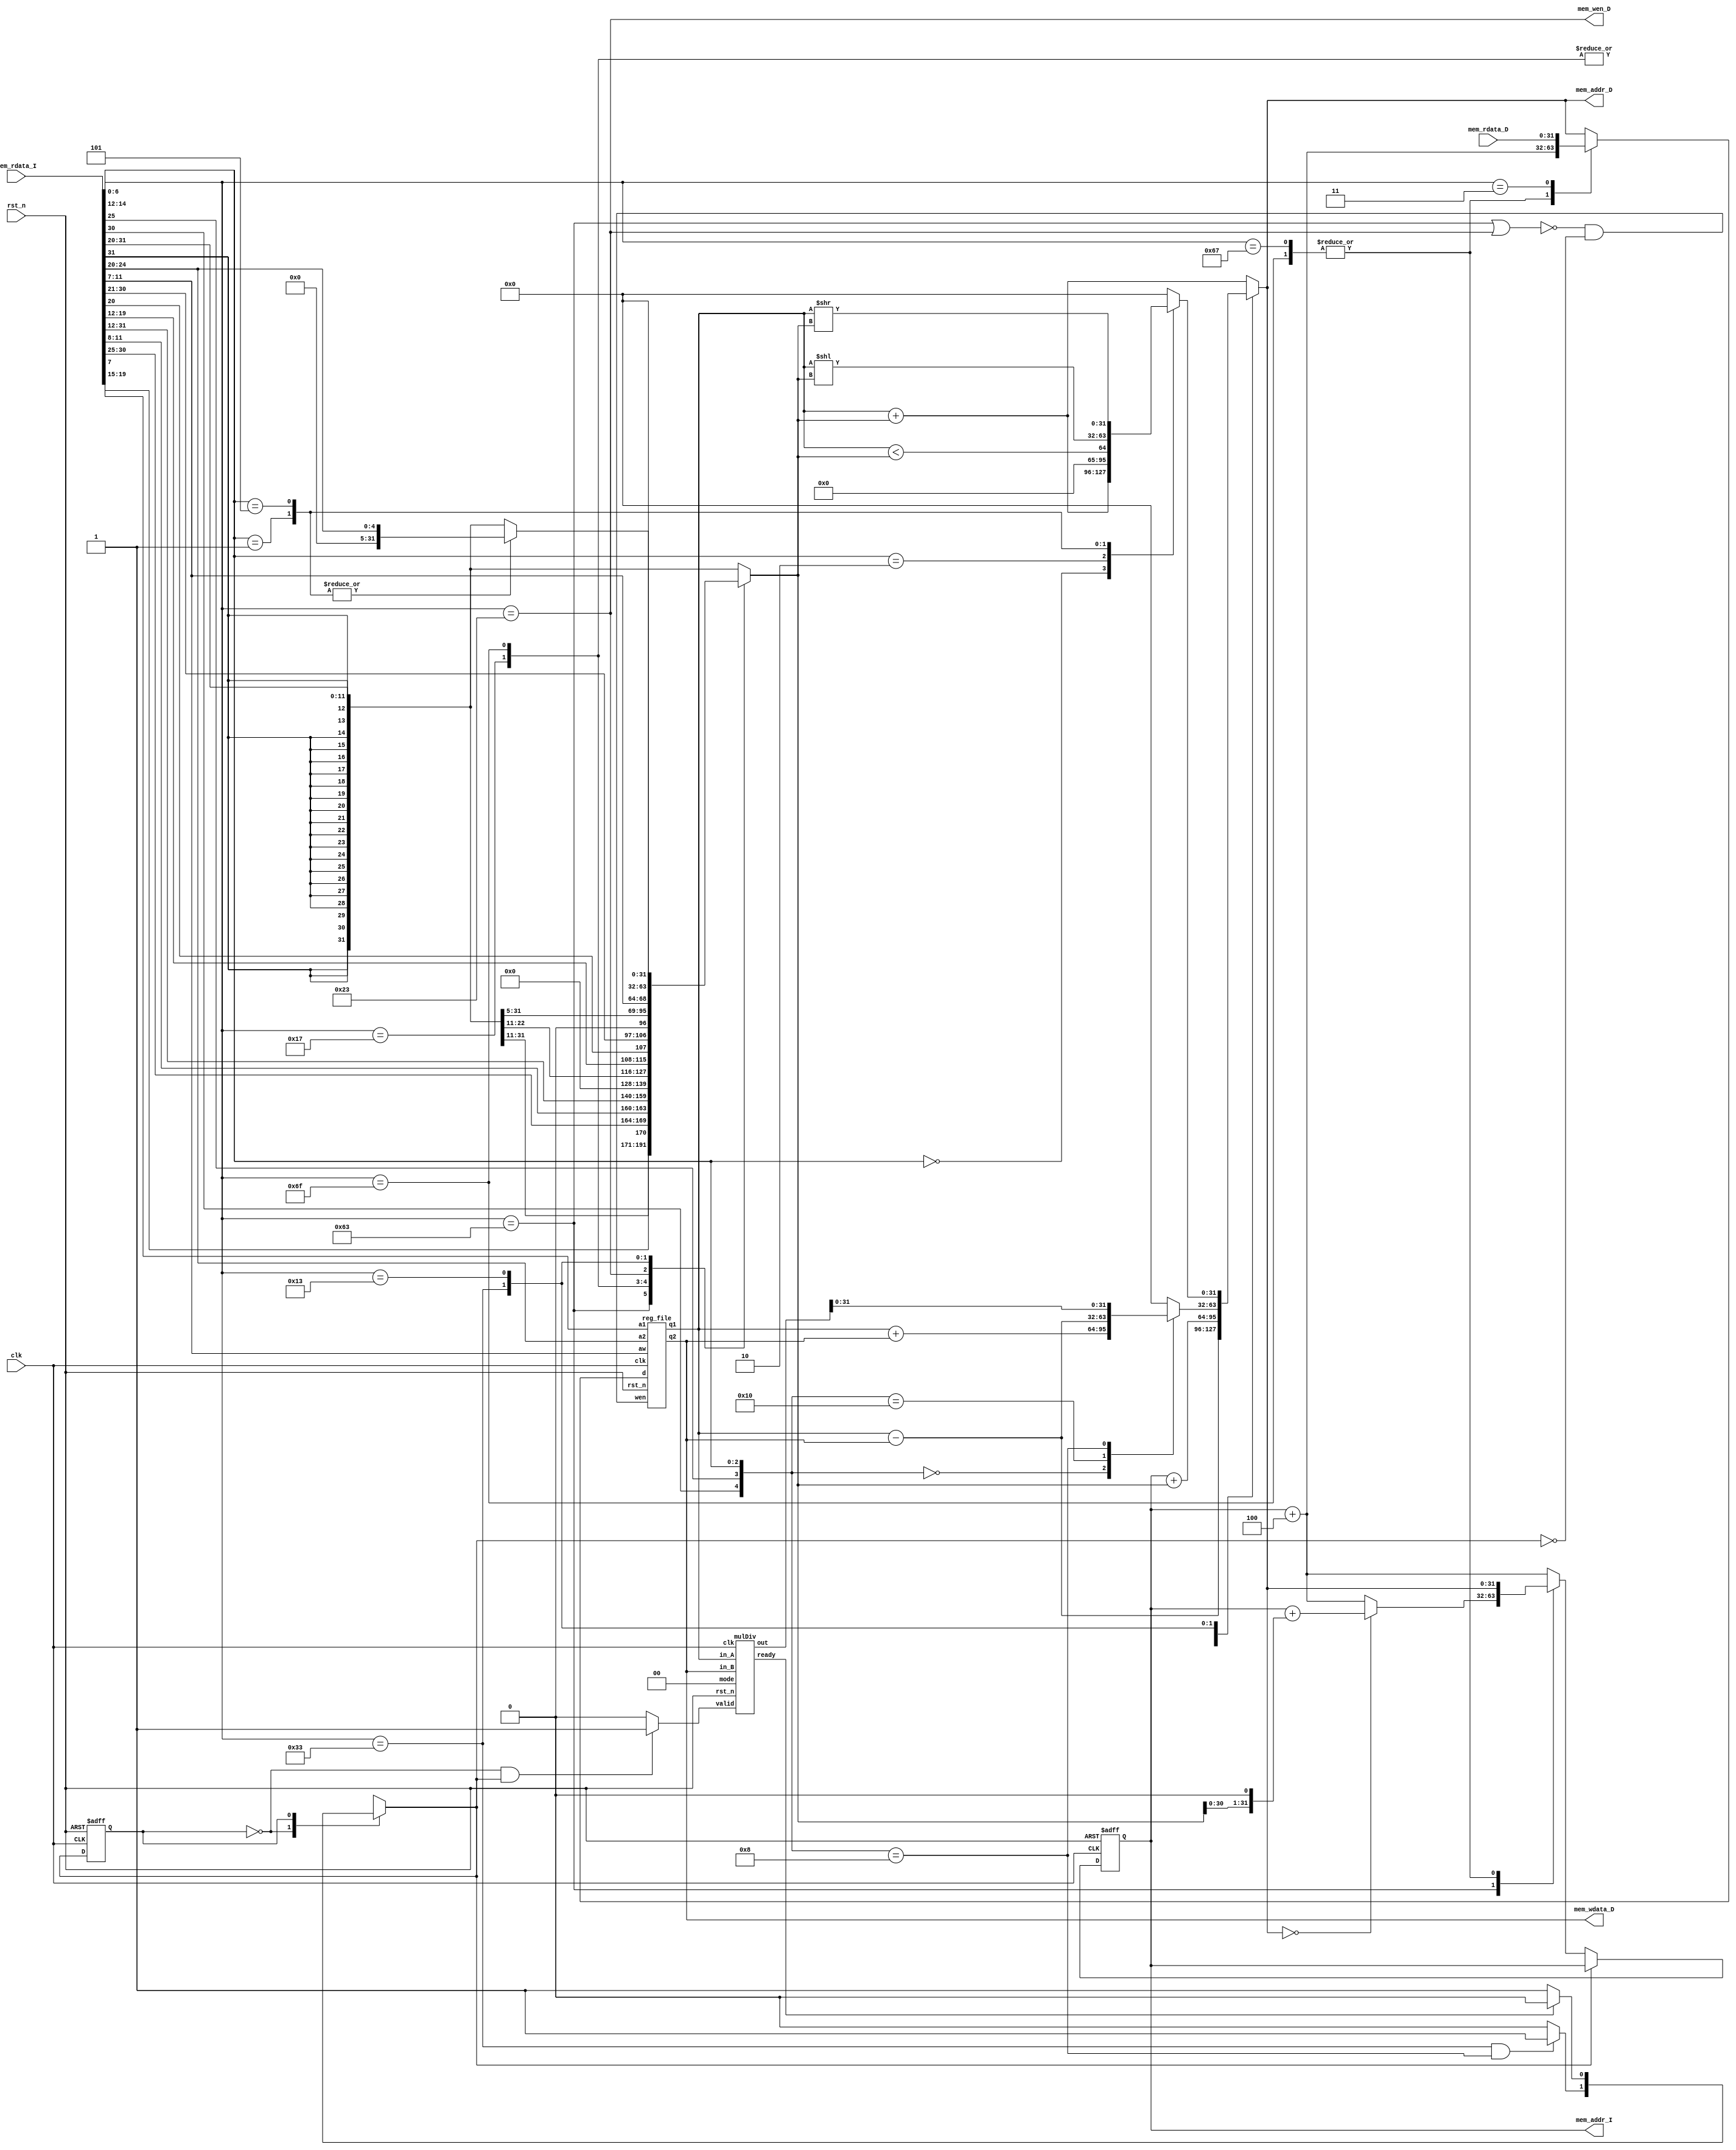
// Your code
module CHIP(clk,
            rst_n,
            // For mem_D
            mem_wen_D,
            mem_addr_D,
            mem_wdata_D,
            mem_rdata_D,
            // For mem_I
            mem_addr_I,
            mem_rdata_I);

    input         clk, rst_n ;
    // For mem_D
    output        mem_wen_D  ;               // ok
    output [31:0] mem_addr_D ;               // ok
    output [31:0] mem_wdata_D;               // ok
    input  [31:0] mem_rdata_D;               // ok
    // For mem_I
    output [31:0] mem_addr_I ;               // ok
    input  [31:0] mem_rdata_I;               // ok
    
    //---------------------------------------//
    reg    [31:0] PC          ;              // ok
    reg    [31:0] PC_nxt      ;              // ok
    wire          regWrite    ;              // ok
    wire   [ 4:0] rs1, rs2, rd;              // ok
    wire   [31:0] rs1_data    ;              // ok
    wire   [31:0] rs2_data    ;              // ok
    reg    [31:0] rd_data     ;              // ok
    reg    [31:0] ALU_result  ;
    reg    [31:0] ImmGen      ;
    wire   [ 6:0] Control     ;
    wire   [ 4:0] ALU_control ;
    // mulDiv
    reg           state       ;
    reg           state_nxt   ;
    wire   [63:0] mul_out     ;
    wire   [ 1:0] mode        ;
    wire          ready       ;
    wire          valid       ; 
    // parameters
    // op
    parameter     beq    = 7'b1100011; // branch's op
    parameter     auipc  = 7'b0010111;
    parameter     jal    = 7'b1101111;
    parameter     jalr   = 7'b1100111;
    parameter     lw     = 7'b0000011; // load's   op
    parameter     sw     = 7'b0100011; // store's  op
    parameter     R_type = 7'b0110011;
    parameter     I_type = 7'b0010011;
    // funct
    parameter     add    = 5'b00000;
    parameter     sub    = 5'b10000;
    parameter     mul    = 5'b01000;
    parameter     addi   = 3'b000;
    parameter     slti   = 3'b010;
    parameter     slli   = 3'b001;
    parameter     srli   = 3'b101;
    // state
    parameter     Single = 1'b0;
    parameter     Multi  = 1'b1;
    //---------------------------------------//
    reg_file reg0(                           //
        .clk(clk),                           //
        .rst_n(rst_n),                       //
        .wen(regWrite),                      //
        .a1(rs1),                            //
        .a2(rs2),                            //
        .aw(rd),                             //
        .d(rd_data),                         //
        .q1(rs1_data),                       //
        .q2(rs2_data));                      //
    //---------------------------------------//
    mulDiv hw2(
        .clk(clk),
        .rst_n(rst_n),
        .valid(valid),
        .ready(ready),
        .mode(mode),
        .in_A(rs1_data),
        .in_B(rs2_data),
        .out(mul_out));
    
    assign mem_addr_I  = PC;
    assign mem_wen_D   = (Control == sw);
    assign mem_addr_D  = ALU_result;
    assign mem_wdata_D = rs2_data;
    assign regWrite    = !((Control == beq) | (Control == sw)) && (state_nxt != Multi);
    assign rs1         = mem_rdata_I[19:15];
    assign rs2         = mem_rdata_I[24:20];
    assign rd          = mem_rdata_I[11: 7];
    assign Control     = mem_rdata_I[ 6: 0];
    assign ALU_control = {mem_rdata_I[30], mem_rdata_I[25], mem_rdata_I[14:12]};
    // mulDiv
    assign mode = 2'b0; // only use MUL mode
    assign valid = ((state == Single) && (state_nxt == Multi))? 1'b1 : 1'b0;
    // combinational/sequential circuit
    // PC
    always @(*) begin
        if (state_nxt == Multi) PC_nxt = PC;
        else begin
            case (Control)
            beq:     PC_nxt = (ALU_result == 32'b0)? (PC + (ImmGen << 1)) : (PC + 4);
            jal:     PC_nxt = ALU_result;
            jalr:    PC_nxt = ALU_result;
            default: PC_nxt = PC + 4;
            // R_type, I_type, lw, sw, auipc
            endcase 
        end      
    end
    // ImmGen
    always @(*) begin
        case (Control)
            beq:     ImmGen = {{21{mem_rdata_I[31]}}, mem_rdata_I[7], mem_rdata_I[30:25], mem_rdata_I[11:8]};
            auipc:   ImmGen = {mem_rdata_I[31:12], 12'b0};
            jal:     ImmGen = {{12{mem_rdata_I[31]}}, mem_rdata_I[19:12], mem_rdata_I[20], mem_rdata_I[30:21], 1'b0};
            sw:      ImmGen=  {{21{mem_rdata_I[31]}}, mem_rdata_I[30:25], mem_rdata_I[11:7]};
            R_type:  ImmGen = 32'b0;
            I_type:  begin
                case (ALU_control[2:0])
                    slli:    ImmGen = {27'b0, mem_rdata_I[24:20]};
                    srli:    ImmGen = {27'b0, mem_rdata_I[24:20]};
                    default: ImmGen = {{21{mem_rdata_I[31]}}, mem_rdata_I[30:20]};
                    // addi, slti 
                endcase
            end
            default: ImmGen = {{21{mem_rdata_I[31]}}, mem_rdata_I[30:20]};
            // jalr, lw
        endcase 
    end
    // ALU 
    always @(*) begin
        case (Control)
            beq:     ALU_result = rs1_data - rs2_data;
            auipc:   ALU_result = PC + ImmGen;
            jal:     ALU_result = PC + ImmGen;
            R_type:  begin
                case (ALU_control)
                    add:     ALU_result = rs1_data + rs2_data;
                    sub:     ALU_result = rs1_data - rs2_data;
                    mul:     ALU_result = mul_out[31:0];
                    default: ALU_result = 32'b0;
                endcase
            end
            I_type:  begin
                case (ALU_control[2:0])
                    addi:    ALU_result = rs1_data + ImmGen;
                    slti:    ALU_result = {31'b0, (rs1_data < ImmGen)};
                    slli:    ALU_result = rs1_data << ImmGen;
                    srli:    ALU_result = rs1_data >> ImmGen;
                    default: ALU_result = 32'b0;
                endcase
            end
            default: ALU_result = rs1_data + ImmGen;
            // jalr, lw, sw 
        endcase
    end
    // rd_data
    always @(*) begin
        case (Control)
            jal:     rd_data = PC + 4;
            jalr:    rd_data = PC + 4;
            lw:      rd_data = mem_rdata_D;
            default: rd_data = ALU_result;
            // auipc, R_type, I_type (no use: beq, sw)
        endcase
    end
    // FSM(mul)
    always @(*) begin
        case (state)
            Single:  state_nxt = ((Control == R_type) && (ALU_control == mul))? Multi : Single;
            Multi:   state_nxt = ready? Single : Multi;
            default: state_nxt = Single;
        endcase
    end
    // Sequential Block
    always @(posedge clk or negedge rst_n) begin
        if (!rst_n) begin
            PC    <= 32'h00010000; // Do not modify this value!!!
            state <= Single;          
        end
        else begin
            PC    <= PC_nxt;
            state <= state_nxt;           
        end
    end
endmodule

module reg_file(clk, rst_n, wen, a1, a2, aw, d, q1, q2);
   
    parameter BITS = 32;
    parameter word_depth = 32;
    parameter addr_width = 5; // 2^addr_width >= word_depth
    
    input clk, rst_n, wen; // wen: 0:read | 1:write
    input [BITS-1:0] d;
    input [addr_width-1:0] a1, a2, aw;

    output [BITS-1:0] q1, q2;

    reg [BITS-1:0] mem [0:word_depth-1];
    reg [BITS-1:0] mem_nxt [0:word_depth-1];

    integer i;

    assign q1 = mem[a1];
    assign q2 = mem[a2];

    always @(*) begin
        for (i=0; i<word_depth; i=i+1)
            mem_nxt[i] = (wen && (aw == i)) ? d : mem[i];
    end

    always @(posedge clk or negedge rst_n) begin
        if (!rst_n) begin
            mem[0] <= 0;
            for (i=1; i<word_depth; i=i+1) begin
                case(i)
                    32'd2: mem[i] <= 32'hbffffff0;
                    32'd3: mem[i] <= 32'h10008000;
                    default: mem[i] <= 32'h0;
                endcase
            end
        end
        else begin
            mem[0] <= 0;
            for (i=1; i<word_depth; i=i+1)
                mem[i] <= mem_nxt[i];
        end       
    end
endmodule

module mulDiv(clk, rst_n, valid, ready, mode, in_A, in_B, out);
    // Definition of ports
    input         clk, rst_n;
    input         valid;
    input  [ 1:0] mode; // mode: 0: mulu, 1: divu, 2: and, 3: or
    output        ready;
    input  [31:0] in_A, in_B;
    output [63:0] out;

    // Definition of states
    parameter IDLE = 3'd0;
    parameter MUL  = 3'd1;
    parameter DIV  = 3'd2;
    parameter AND  = 3'd3;
    parameter OR   = 3'd4;
    parameter OUT  = 3'd5;

    // Wire and reg if needed
    reg  [ 2:0] state, state_nxt;
    reg  [ 4:0] counter, counter_nxt;
    reg  [63:0] shreg, shreg_nxt;
    reg  [31:0] alu_in, alu_in_nxt;
    reg  [32:0] alu_out;
    reg         ready;

    // Wire assignments
    assign out = shreg;

    // Combinational always block
    // Next-state logic of state machine
    always @(*) begin
        case(state)
            IDLE: begin
                if (valid) state_nxt = {1'b0, mode} + 1;
                else       state_nxt = IDLE;
            end
            MUL: begin
                if (counter == 31) state_nxt = OUT;
                else               state_nxt = MUL;
            end
            DIV: begin
                if (counter == 31) state_nxt = OUT;
                else               state_nxt = DIV;
            end
            AND:     state_nxt = OUT;
            OR:      state_nxt = OUT;
            default: state_nxt = IDLE;
        endcase
    end

    // Counter
    always @(*) begin
        case(state)
            MUL: begin
                if (counter == 31) counter_nxt = 0;
                else               counter_nxt = counter + 1;
            end
            DIV: begin
                if (counter == 31) counter_nxt = 0;
                else               counter_nxt = counter + 1;
            end
            default: counter_nxt = 0;
        endcase
    end

    // ALU input
    always @(*) begin
        case(state)
            IDLE: begin
                if (valid) alu_in_nxt = in_B;
                else       alu_in_nxt = 0;
            end
            OUT :    alu_in_nxt = 0;
            default: alu_in_nxt = alu_in;
        endcase
    end

    // ALU output
    always @(*) begin
        case(state)
            MUL:     alu_out = {1'b0, shreg[63:32]} + {1'b0, alu_in};
            DIV:     alu_out = {1'b1, shreg[62:31]} - {1'b0, alu_in};
            AND:     alu_out = {1'b0, shreg[31:0] & alu_in};
            OR:      alu_out = {1'b0, shreg[31:0] | alu_in};
            default: alu_out = 0;
        endcase
    end

    // Shift register
    always @(*) begin
        case(state)
            IDLE: begin
                if (valid) shreg_nxt = {32'b0, in_A};
                else       shreg_nxt = 0;
            end
            MUL: begin
                if (shreg[0] == 0) shreg_nxt = shreg >> 1;
                else               shreg_nxt = {alu_out, shreg[31:1]};                   
            end
            DIV: begin
                if (alu_out[32] == 0) shreg_nxt = shreg << 1; // Rem < 0
                else                  shreg_nxt = {alu_out[31:0], shreg[30:0], 1'b1};
            end
            AND:     shreg_nxt = {31'b0, alu_out};
            OR:      shreg_nxt = {31'b0, alu_out};
            default: shreg_nxt = 0;
        endcase
    end

    // Output control
    always @(*) begin
        case(state)
            OUT:     ready = 1;
            default: ready = 0;
        endcase
    end
    
    // Sequential always block
    always @(posedge clk or negedge rst_n) begin
        if (!rst_n) begin
            state   <= IDLE;
            counter <= 0;
            alu_in  <= 0;
            shreg   <= 0;
        end
        else begin
            state   <= state_nxt;
            counter <= counter_nxt;
            alu_in  <= alu_in_nxt;
            shreg   <= shreg_nxt;
        end
    end
endmodule